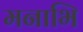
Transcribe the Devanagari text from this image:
मनाभि